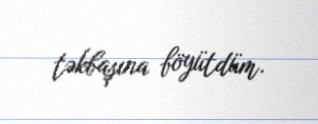
təkbaşına böyütdüm.